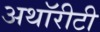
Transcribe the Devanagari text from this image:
अथॉरीटी